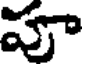
పూ